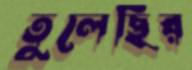
তুলেছির